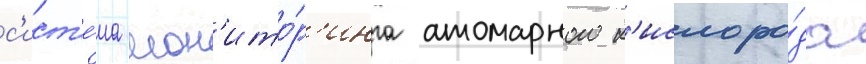
с'ист'е́ма мон'ито́р'инга атомарного к'ислоро́да